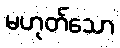
မဟုတ်သော